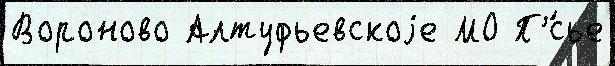
Вороново Алтуфьевскоjе МО П'́сье